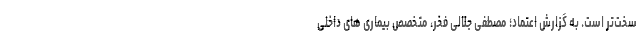
سخت‌تر است. به گزارش اعتماد؛ مصطفی جلالی فخر، متخصص بیماری های داخلی